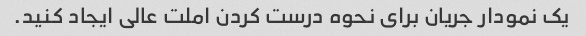
یک نمودار جریان برای نحوه درست کردن املت عالی ایجاد کنید.